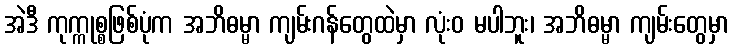
အဲဒီ ကုက္ကုစ္စဖြစ်ပုံက အဘိဓမ္မာ ကျမ်းဂန်တွေထဲမှာ လုံးဝ မပါဘူး၊ အဘိဓမ္မာ ကျမ်းတွေမှာ